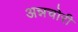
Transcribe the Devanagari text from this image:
अन्नचोरी